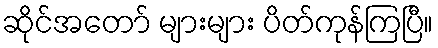
ဆိုင်အတော် များများ ပိတ်ကုန်ကြပြီ။